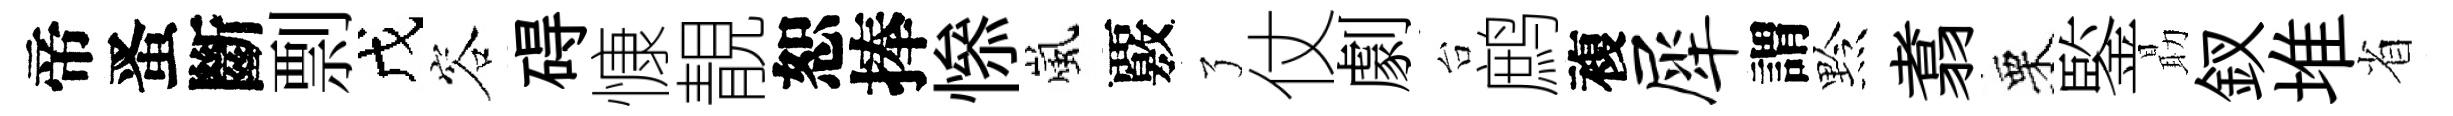
帝󱉠斷剽戊容碍慷靚恕捧𢡖嵐覈了仗劇台鹧複犀謂黔翥栗鍳朂釵堆省